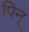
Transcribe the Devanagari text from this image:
पिन्